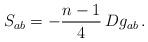
LaTeX: \begin{align*}S_{ab}=-\frac{n-1}{4}\,Dg_{ab}\,.\end{align*}